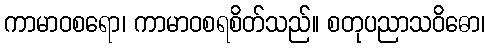
ကာမာဝစရော၊ ကာမာဝစရစိတ်သည်။ စတုပညာသဝိဓော၊